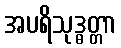
အပရိသုဒ္ဓတ္တာ